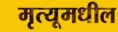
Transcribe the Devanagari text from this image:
मृत्यूमधील